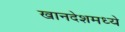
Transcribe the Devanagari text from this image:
खानदेशमध्ये